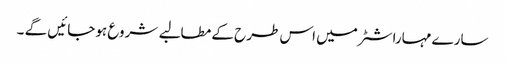
سارے مہاراشٹر میں اس طرح کے مطالبے شروع ہوجائیں گے ۔